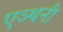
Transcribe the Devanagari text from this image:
एञ्थनी